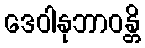
ဒေဝါနုဘာဝန္တိ